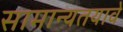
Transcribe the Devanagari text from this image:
सामान्यतयावे